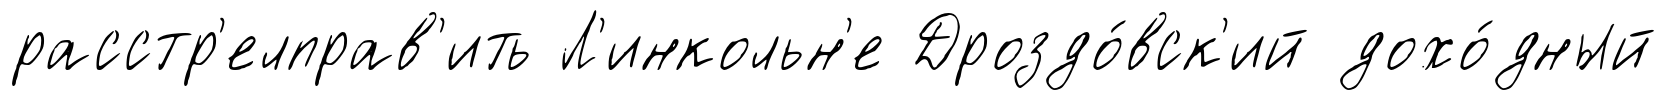
расстр'елправ'ить Л'инкольн'е Дроздо́вск'ий дохо́дный